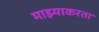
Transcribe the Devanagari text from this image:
माझ्याकरता